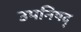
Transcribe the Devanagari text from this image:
उपनिषद्